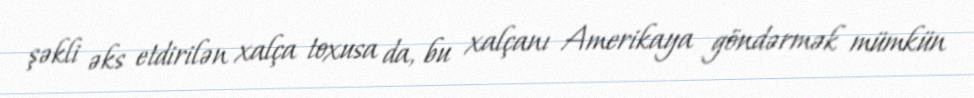
şəkli əks etdirilən xalça toxusa da, bu xalçanı Amerikaya göndərmək mümkün